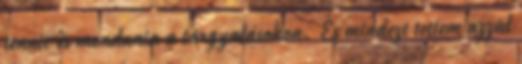
tennie és mondania a tárgyalásokon. És mindezt tettem azzal